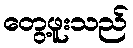
တွေ့ဖူးသည်